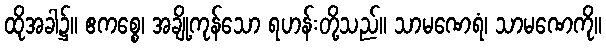
ထိုအခါ၌။ ဧကစ္စေ၊ အချို့ကုန်သော ရဟန်းတို့သည်။ သာမဏေရံ၊ သာမဏေကို။